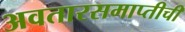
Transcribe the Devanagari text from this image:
अवतारसमाप्तीची